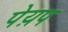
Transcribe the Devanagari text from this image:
पेय़प